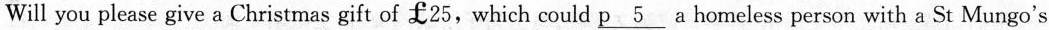
Will you please give a Christmas gift of ￡25, which could \underline{p 5} a homeless person with a St Mungo's